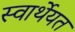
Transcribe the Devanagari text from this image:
स्वार्थेयत